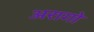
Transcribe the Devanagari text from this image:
अरागो